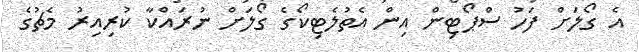
އެ ގޯލަށް ފަހު ސްޕޯޓިން އިން އެތުލެޓިކޯގެ ގޯލަށް ނުރައްކާ ކުރިއިރު މެޗުގެ